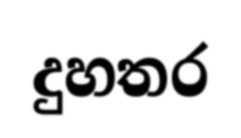
දුහතර